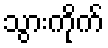
သွားကိုက်